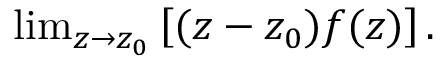
\begin{array} { r } { \operatorname* { l i m } _ { z \rightarrow z _ { 0 } } \left[ ( z - z _ { 0 } ) f ( z ) \right] . } \end{array}